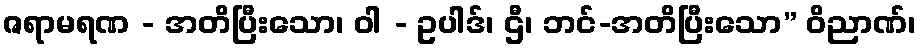
ဇရာမရဏ - အတိပြီးသော၊ ဝါ - ဥပါဒ်၊ ဌီ၊ ဘင်-အတိပြီးသော” ဝိညာဏ်၊